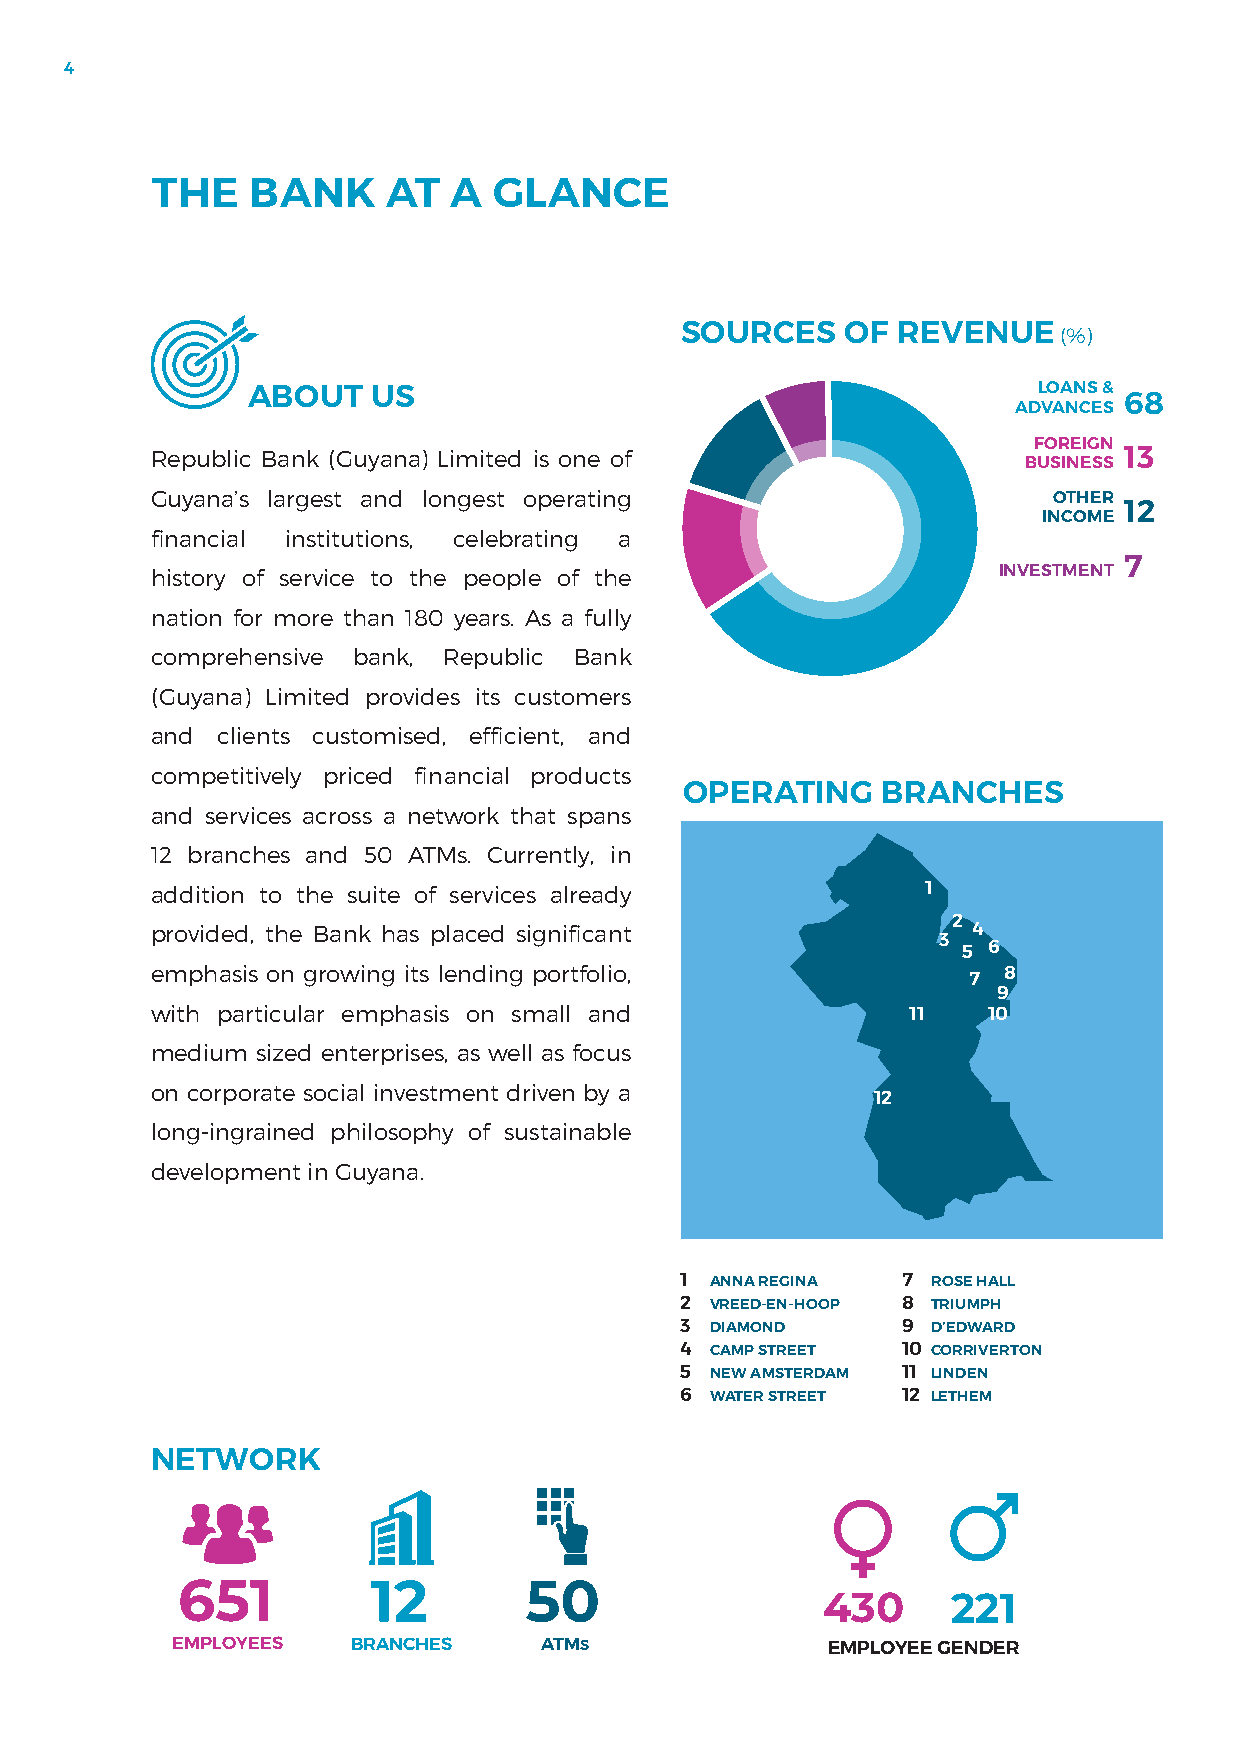
4
 THE    BANK     AT  A  GLANCE
 SOURCES    OF REVENUE    (%)
 ABOUT    US                                          LOANS &
 68
 ADVANCES
 FOREIGN
 Republic Bank (Guyana) Limited is one of                  BUSINESS 13
 Guyana’s largest and longest operating                      OTHER
 12
 INCOME
 financial institutions, celebrating a
 7
 history of service to the people of the                 INVESTMENT
 nation for more than 180 years. As a fully
 comprehensive bank, Republic Bank
 (Guyana) Limited provides its customers
 and clients customised, efficient, and
 competitively priced financial products
 OPERATING    BRANCHES
 and services across a network that spans
 12 branches and 50 ATMs. Currently, in
 addition to the suite of services already          1
 2
 provided, the Bank has placed significant             4
 3
 5 6
 emphasis on growing its lending portfolio,            7 8
 9
 with particular emphasis on small and             11   10
 medium sized enterprises, as well as focus
 on corporate social investment driven by a
 12
 long-ingrained philosophy of sustainable
 development in Guyana.
 1 ANNA REGINA  7 ROSE HALL
 2 VREED-EN-HOOP 8 TRIUMPH
 3 DIAMOND      9 D’EDWARD
 4 CAMP STREET  10 CORRIVERTON
 5 NEW AMSTERDAM 11 LINDEN
 6 WATER STREET 12 LETHEM
 NETWORK
 651          12        50
 430      221
 EMPLOYEES   BRANCHES     ATMS               EMPLOYEE GENDER